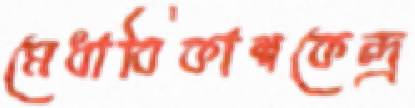
মেধাবিকাশকেন্দ্র